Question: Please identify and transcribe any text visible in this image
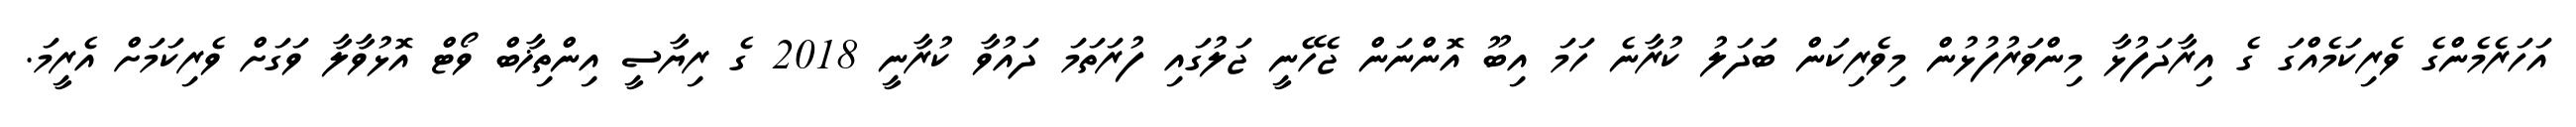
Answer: އަހަރެމެންގެ ވެރިކަމެއްގަ ގެ އިރާދަފުޅާ މިންވަރުފުޅުން މިވެރިކަން ބަދަލު ކުރާނެ ހަމަ އިބޫ އޮންނަން ޖެހޭނީ ޖަލުގައި ފުރަތަމަ ދައުވާ ކުރާނީ 2018 ގެ ރިޔާސީ އިންތިޚާބް ވޯޓް އޮޅުވާލާ ވަގަށް ވެރިކަމަށް އެރީމަ.